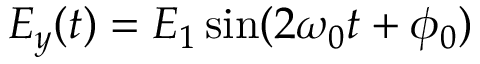
E _ { y } ( t ) = E _ { 1 } \sin ( 2 \omega _ { 0 } t + \phi _ { 0 } )